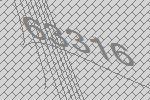
63316